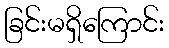
ခြင်းမရှိကြောင်း